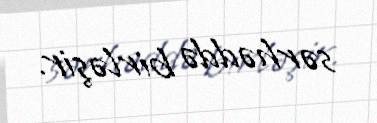
sərhəddə birləşir.